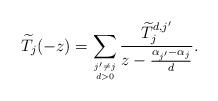
LaTeX: \begin{align*}\widetilde{T}_j(-z)=\sum_{j'\neq j \atop d>0}\frac{\widetilde{T}_j^{d,j'}}{z-\frac{\alpha_{j'}-\alpha_{j}}{d}}.\end{align*}